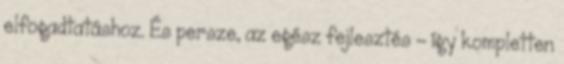
elfogadtatáshoz. És persze, az egész fejlesztés - így kompletten